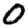
Digit: 0